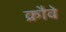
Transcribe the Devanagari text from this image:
क्रौवे